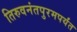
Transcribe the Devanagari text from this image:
तिरुवनंतपुरमपर्यंत